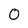
Character: 0